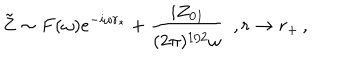
{ \bf \tilde { Z } } \sim F ( \omega ) e ^ { - i \omega r _ { * } } + \frac { i { Z _ { 0 } } _ { l } } { ( 2 \pi ) ^ { 1 / 2 } \omega } \, \, \, , r \rightarrow r _ { + } \, ,